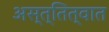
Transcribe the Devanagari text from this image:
अस्त्तित्वात